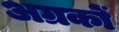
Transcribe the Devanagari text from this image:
अग्रकों